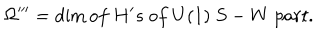
\Omega ^ { \prime \prime \prime } = \dim o f ~ H ^ { \prime } s ~ o f ~ U ( 1 ) ~ S - W ~ p a r t .